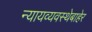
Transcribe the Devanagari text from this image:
न्यायव्यवस्थेबाहेर